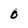
Character: 0